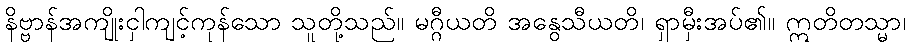
နိဗ္ဗာန်အကျိုးငှါကျင့်ကုန်သော သူတို့သည်။ မဂ္ဂီယတိ အနွေသီယတိ၊ ရှာမှီးအပ်၏။ ဣတိတသ္မာ၊